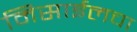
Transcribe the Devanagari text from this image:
मिसाईलचा